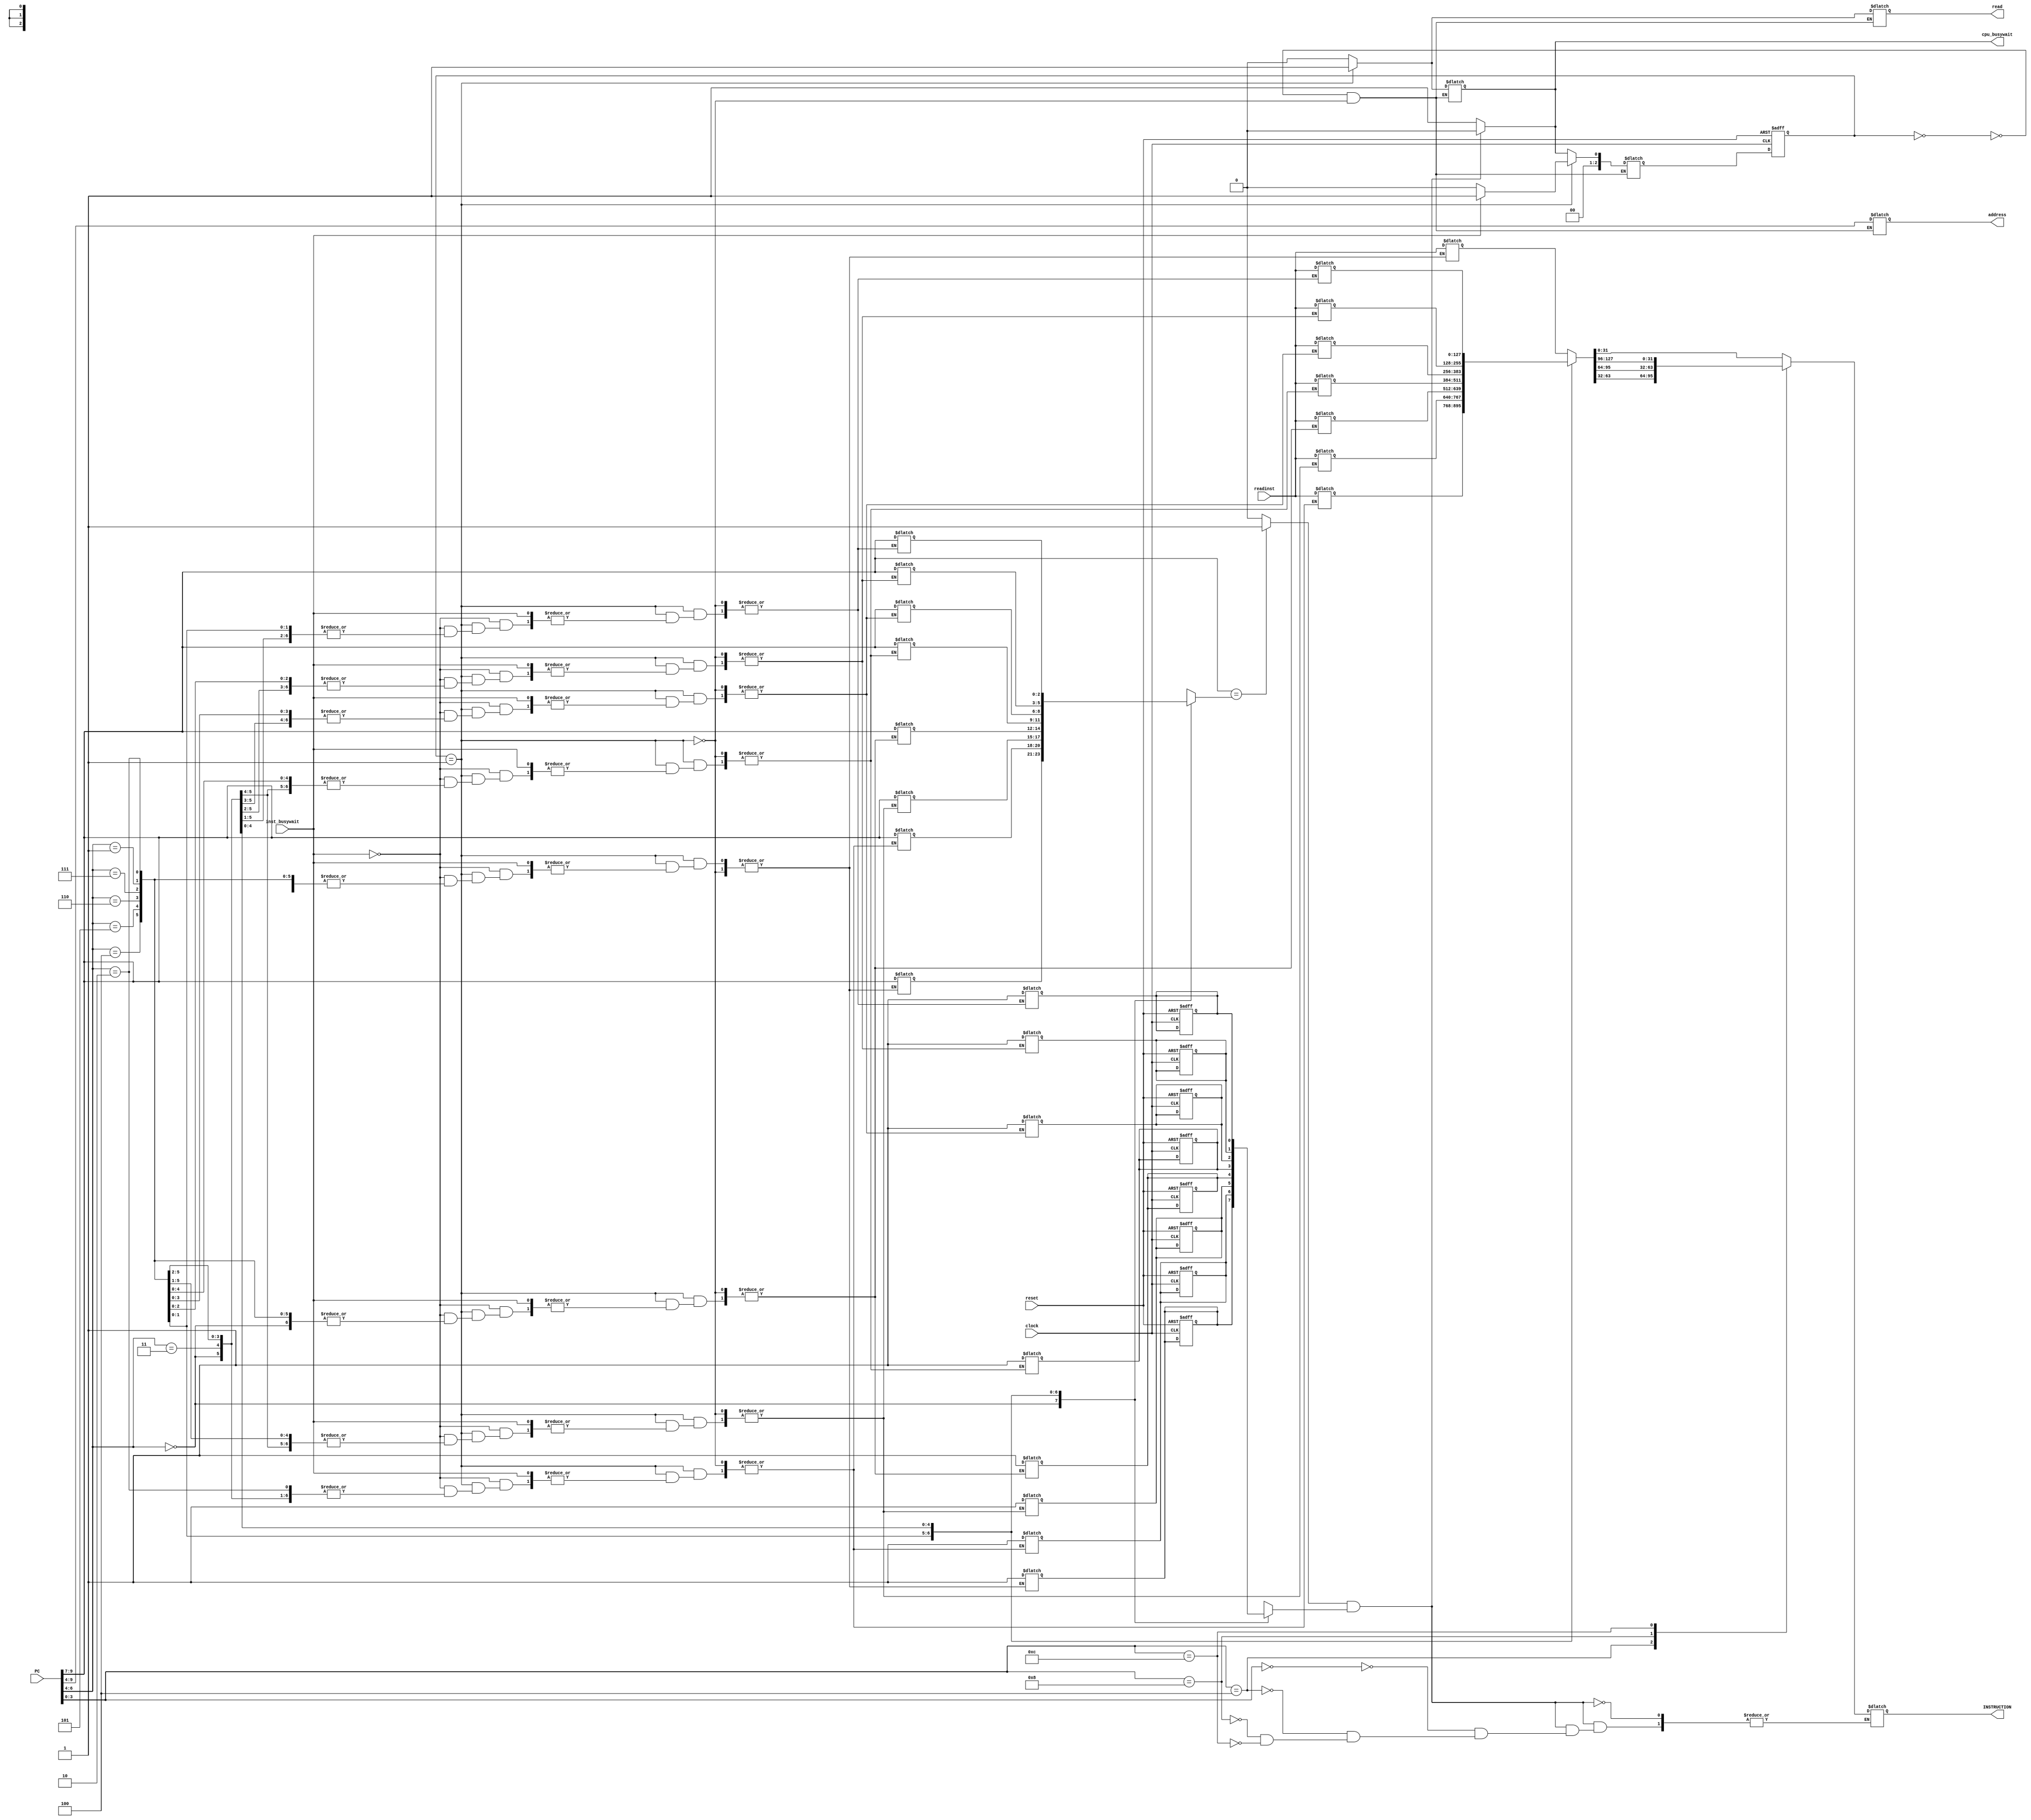
module icache (
    input [31:0] PC,            // Program Counter from CPU
    output reg [31:0] INSTRUCTION, // Instruction output to CPU
    input clock,                // Clock signal
    input reset,                // Reset signal
    output reg cpu_busywait,    // CPU busywait signal
    input inst_busywait,        // Instruction memory busywait signal
    output reg read,            // Read signal for instruction memory
    input [127:0] readinst,     // Data read from instruction memory
    output reg [5:0] address    // Address output to instruction memory
);

    // Signals for cache hit/miss detection
    wire hit;
    wire [2:0] tag, index;
    wire [3:0] offset;
    reg tagmatch;

    // Cache data structure
    reg [127:0] cacheblock_array [7:0];  // 8 cache blocks, each 128 bits
    reg valid_array [7:0];               // Valid bits for each cache block
    reg [2:0] tagArray [7:0];            // Tag array for each cache block

    // Separate the address into tag, index, and offset
    assign #1 tag = PC[9:7];
    assign #1 index = PC[6:4];
    assign #1 offset = PC[3:0];

    // Tag comparison and hit signal generation
    always @(index, tagArray[index], tag) begin
        #0.9
        tagmatch = (tag == tagArray[index]) ? 1 : 0;
    end

    assign hit = tagmatch & valid_array[index];

    // Combinational logic for CPU instruction fetching
    always @(*) begin
        if (hit) begin
            case (offset)
                4'b0000: INSTRUCTION = cacheblock_array[index][31:0];
                4'b0100: INSTRUCTION = cacheblock_array[index][63:32];
                4'b1000: INSTRUCTION = cacheblock_array[index][95:64];
                4'b1100: INSTRUCTION = cacheblock_array[index][127:96];
            endcase
        end
    end

    // CPU busywait signal control
    always @(*) begin
        cpu_busywait = hit ? 0 : 1;
    end

    /* Cache Controller FSM Start */
    parameter IDLE = 3'b000, MEM_READ = 3'b001;
    reg [2:0] state, next_state;

    // Combinational next state logic
    always @(*) begin
        case (state)
            IDLE:
                next_state = hit ? IDLE : MEM_READ; // Transition to MEM_READ if no hit
            MEM_READ:
                next_state = inst_busywait ? MEM_READ : IDLE; // Stay in MEM_READ if memory is busy
        endcase
    end

    // Combinational output logic
    always @(*) begin
        case(state)
            IDLE: begin
                read = 0;
                address = 6'dx; // Don't care address
                cpu_busywait = 0;
            end
            MEM_READ: begin
                read = 1;
                address = {tag, index}; // Set address for memory read
                cpu_busywait = 1;
                #1 if (inst_busywait == 0) begin
                    cacheblock_array[index] = readinst; // Load data from memory to cache
                    valid_array[index] = 1; // Mark cache block as valid
                    tagArray[index] = tag; // Update cache block tag
                end
            end
        endcase
    end

    integer i;
    // Sequential logic for state transitioning and cache initialization
    always @(posedge clock or posedge reset) begin
        if (reset) begin
            state = IDLE; // Initialize state to IDLE
            for (i = 0; i < 8; i = i + 1) begin
                valid_array[i] = 0; // Initialize all valid bits to 0
            end
        end else begin
            state = next_state; // Transition to next state
        end
    end

    // Dump values of the memory array to the gtkwave file for testing
    initial begin
        $dumpfile("cpu_wavedata.vcd");
        for (i = 0; i < 8; i = i + 1) begin
            $dumpvars(1, cacheblock_array[i]);
            $dumpvars(1, tagArray[i]);
            $dumpvars(1, valid_array[i]);
        end
    end

endmodule